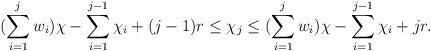
LaTeX: \begin{align*}(\sum\limits_{i =1}^{j} w_i) \chi - \sum\limits_{i=1}^{j-1} \chi_i +(j-1) r \leq \chi_j \leq (\sum\limits_{i =1}^{j} w_i) \chi - \sum\limits_{i=1}^{j-1} \chi_i + j r.\end{align*}